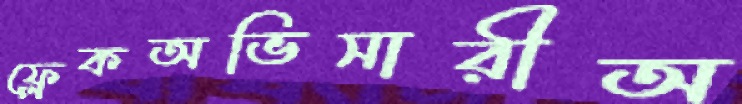
ফ্লেকঅভিসারীঅ